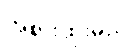
အစားထိုးမည့်